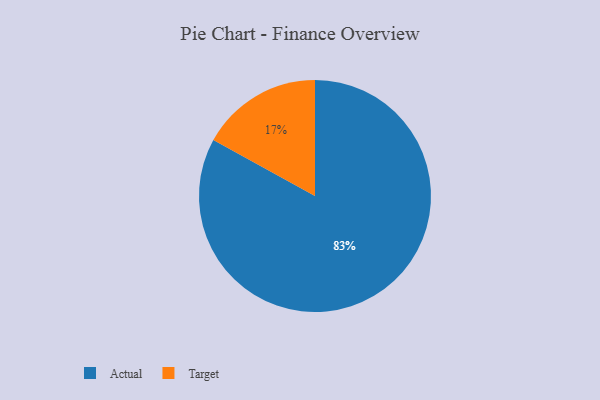
{"axis": {"x": "Category", "y": "Percentage"}, "legend": ["Actual", "Target"], "data": [{"x": "Target", "y": 17, "type": "Target"}, {"x": "Actual", "y": 83, "type": "Actual"}]}